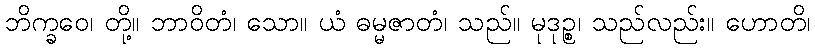
ဘိက္ခဝေ၊ တို့။ ဘာဝိတံ၊ သော။ ယံ ဓမ္မဇာတံ၊ သည်။ မုဒုဉ္စ၊ သည်လည်း။ ဟောတိ၊